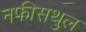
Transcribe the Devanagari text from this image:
नफीसथुल